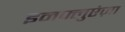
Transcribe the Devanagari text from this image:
इनफ्लुएंज़ा